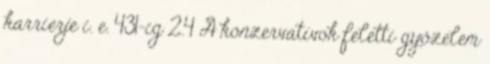
karrierje i. e. 431-ig 2.4 A konzervatívok feletti győzelem